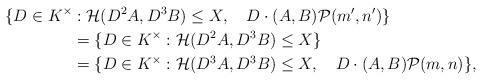
LaTeX: \begin{align*} \{D\in K^{\times}&: \mathcal{H}(D^{2}A,D^{3}B)\le X,~~~ D\cdot (A,B) \mathcal{P}(m',n')\}\\ &= \{D\in K^{\times}:\mathcal{H}(D^{2}A,D^{3}B)\le X\}\\ &= \{D\in K^{\times}: \mathcal{H}(D^{3}A,D^{3}B)\le X,~~~ D\cdot (A,B)\mathcal{P}(m,n)\}, \end{align*}